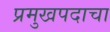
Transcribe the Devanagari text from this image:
प्रमुखपदाचा